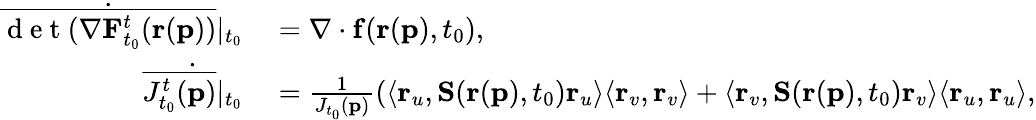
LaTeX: \begin{array}{rl}{\dot{\overline{{\mathrm{~d~e~t~}(\mathbf{\nabla}\mathbf{F}_{t_{0}}^{t}(\mathbf{r}(\mathbf{p}))}}}\vert_{t_{0}}}&{{}=\mathbf{\nabla}\cdot\mathbf{f}(\mathbf{r}(\mathbf{p}),t_{0}),}\\ {\dot{\overline{{J_{t_{0}}^{t}(\mathbf{p})}}\vert_{t_{0}}}}&{{}=\frac{1}{J_{t_{0}}(\mathbf{p})}(\langle\mathbf{r}_{u},\mathbf{S}(\mathbf{r}(\mathbf{p}),t_{0})\mathbf{r}_{u}\rangle\langle\mathbf{r}_{v},\mathbf{r}_{v}\rangle+\langle\mathbf{r}_{v},\mathbf{S}(\mathbf{r}(\mathbf{p}),t_{0})\mathbf{r}_{v}\rangle\langle\mathbf{r}_{u},\mathbf{r}_{u}\rangle,}\end{array}